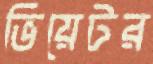
ভিয়েটর